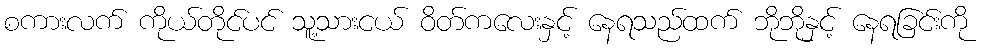
စကားလက် ကိုယ်တိုင်ပင် သူ့သားငယ် ဝိတ်ကလေးနှင့် နေရသည်ထက် ဘိုဘိုနှင့် နေရခြင်းကို